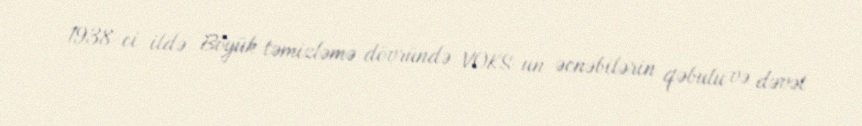
1938-ci ildə Böyük təmizləmə dövründə VOKS-un əcnəbilərin qəbulu və dəvət